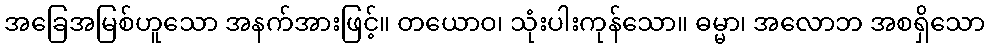
အခြေအမြစ်ဟူသော အနက်အားဖြင့်။ တယောဝ၊ သုံးပါးကုန်သော။ ဓမ္မာ၊ အလောဘ အစရှိသော